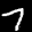
Label: 7